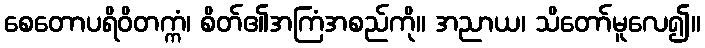
စေတောပရိဝိတက္ကံ၊ စိတ်၏အကြံအစည်ကို။ အညာယ၊ သိတော်မူလေ၍။